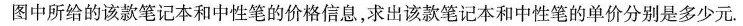
图中所给的该款笔记本和中性笔的价格信息，求出该款笔记本和中性笔的单价分别是多少元。